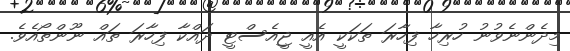
މިދެންނެވުނު ހުރިހާ ފިހާރަ ތަކަކީ އެއީ ޖީއެސްޓީ ދައްކާ ފިހާރަ ތައް ނޫންތޯއެވެ.